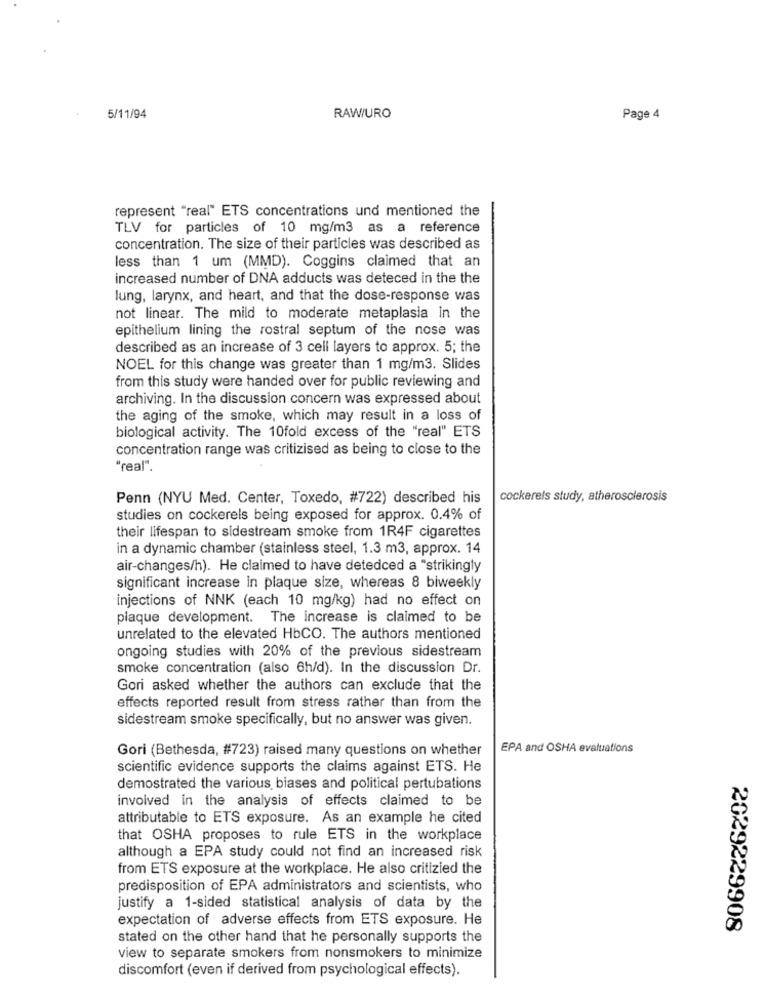
5/11/94
RAW/URO
Page 4
represent "real" ETS concentrations und mentioned the
TLV for particles of 10 mg/m3 as a reference
concentration. The size of their particles was described as
less than 1 um (MMD). Coggins claimed that an
increased number of DNA adducts was deteced in the the
lung, larynx, and heart, and that the dose-response was
not linear. The mild to moderate metaplasia in the
epithelium lining the rostral septum of the nose was
described as an increase of 3 cell layers to approx. 5; the
NOEL for this change was greater than 1 mg/m3. Slides
from this study were handed over for public reviewing and
archiving. In the discussion concern was expressed about
the aging of the smoke, which may result in a loss of
biological activity. The 10fold excess of the "real" ETS
concentration range was critizised as being to close to the
"real".
Penn (NYU Med. Center, Toxedo, #722) described his
cockerels study, atherosclerosis
studies on cockerels being exposed for approx. 0.4% of
their lifespan to sidestream smoke from 1R4F cigarettes
in a dynamic chamber (stainless steel, 1.3 m3, approx. 14
air-changes/h). He claimed to have detedced a "strikingly
significant increase in plaque size, whereas 8 biweekly
injections of NNK (each 10 mg/kg) had no effect on
plaque development. The increase is claimed to be
unrelated to the elevated HbCO. The authors mentioned
ongoing studies with 20% of the previous sidestream
smoke concentration (also 6h/d). In the discussion Dr.
Gori asked whether the authors can exclude that the
effects reported result from stress rather than from the
sidestream smoke specifically, but no answer was given.
Gori (Bethesda, #723) raised many questions on whether
EPA and OSHA evaluations
scientific evidence supports the claims against ETS. He
demostrated the various biases and political pertubations
involved in the analysis of effects claimed to be
attributable to ETS exposure. As an example he cited
that OSHA proposes to rule ETS in the workplace
although a EPA study could not find an increased risk
from ETS exposure at the workplace. He also critizied the
predisposition of EPA administrators and scientists, who
justify a 1-sided statistical analysis of data by the
expectation of adverse effects from ETS exposure. He
2029229908
stated on the other hand that he personally supports the
view to separate smokers from nonsmokers to minimize
discomfort (even if derived from psychological effects).